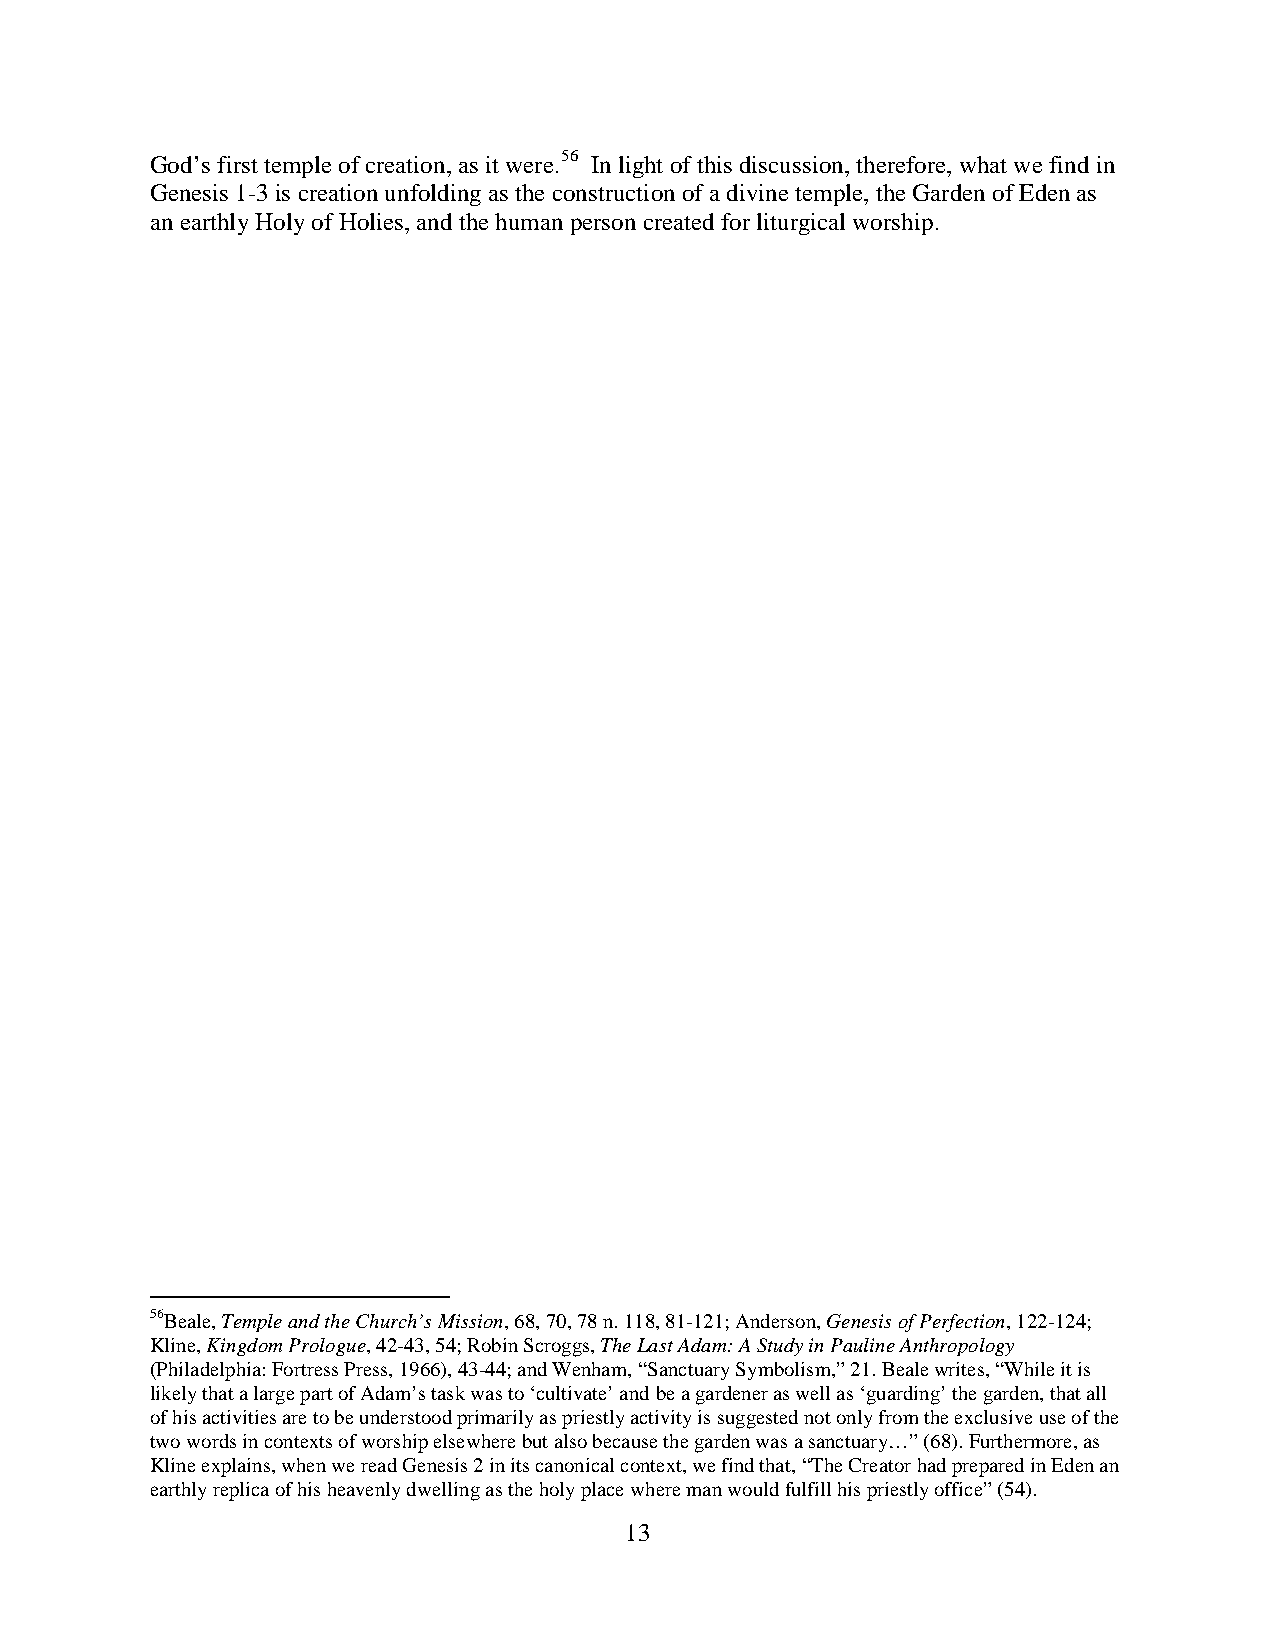
God’s first temple of creation, as it were.56 In light of this discussion, therefore, what we find in
 Genesis 1-3 is creation unfolding as the construction of a divine temple, the Garden of Eden as
 an earthly Holy of Holies, and the human person created for liturgical worship.
 56Beale, Temple and the Church’s Mission, 68, 70, 78 n. 118, 81-121; Anderson, Genesis of Perfection, 122-124;
 Kline, Kingdom Prologue, 42-43, 54; Robin Scroggs, The Last Adam: A Study in Pauline Anthropology
 (Philadelphia: Fortress Press, 1966), 43-44; and Wenham, “Sanctuary Symbolism,” 21. Beale writes, “While it is
 likely that a large part of Adam’s task was to ‘cultivate’ and be a gardener as well as ‘guarding’ the garden, that all
 of his activities are to be understood primarily as priestly activity is suggested not only from the exclusive use of the
 two words in contexts of worship elsewhere but also because the garden was a sanctuary…” (68). Furthermore, as
 Kline explains, when we read Genesis 2 in its canonical context, we find that, “The Creator had prepared in Eden an
 earthly replica of his heavenly dwelling as the holy place where man would fulfill his priestly office” (54).
 13